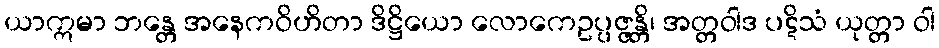
ယာဣမာ ဘန္တေ အနေကဝိဟိတာ ဒိဋ္ဌိယော လောကေဥပ္ပဇ္ဇန္တိ၊ အတ္တဝါဒ ပဋိသံ ယုတ္တာ ဝါ